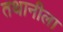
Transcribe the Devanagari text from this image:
तथानीला